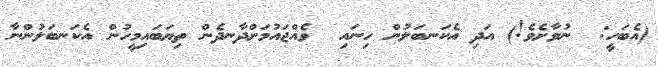
(އެބަހީ:  ނުވާށެވެ!) އަދި އެކަނބަލުން ހިނައި  ވެއްޖައުމަށްދާނދެން ތިޔަބައިމީހުން އެކަނބަލުންނާ